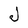
Character: J